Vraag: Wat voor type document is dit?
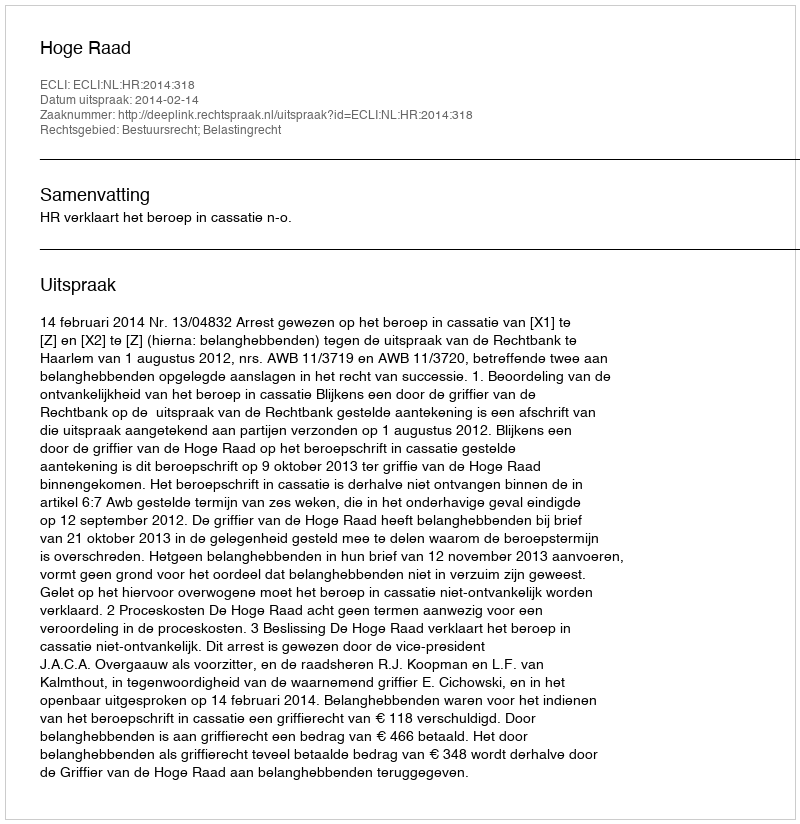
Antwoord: Uitspraak